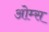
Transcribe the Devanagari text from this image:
ओम्स